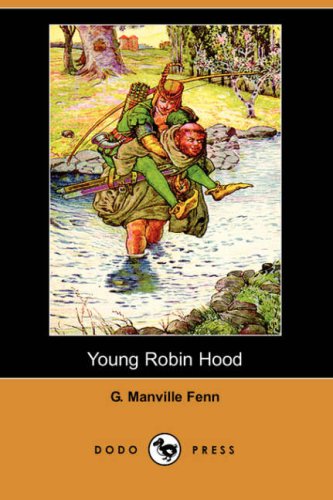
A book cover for Young Robin Hood (Dodo Press); G. Manville Fenn; Humor & Entertainment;